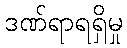
ဒဏ်ရာရရှိမှု